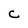
Character: C